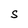
Character: S